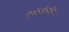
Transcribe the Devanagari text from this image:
ऐयोमॉरफ़ीन